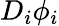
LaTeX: D_{i}\phi_{i}